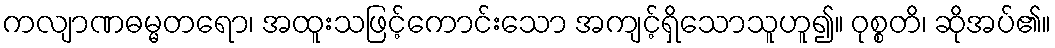
ကလျာဏဓမ္မတရော၊ အထူးသဖြင့်ကောင်းသော အကျင့်ရှိသောသူဟူ၍။ ဝုစ္စတိ၊ ဆိုအပ်၏။